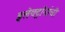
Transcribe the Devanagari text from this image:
इलेक्ट्रॉनांची